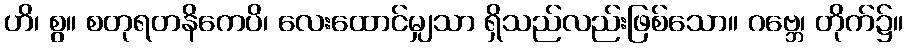
ဟိ၊ စွ။ စတုရတနိကေပိ၊ လေးထောင်မျှသာ ရှိသည်လည်းဖြစ်သော။ ဂဗ္ဘေ၊ တိုက်၌။